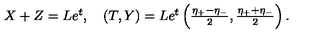
\begin{array} { l } { X + Z = L e ^ { t } , \quad ( T , Y ) = L e ^ { t } \left( \frac { \eta _ { + } - \eta _ { - } } { 2 } , \frac { \eta _ { + } + \eta _ { - } } { 2 } \right) . } \\ \end{array}